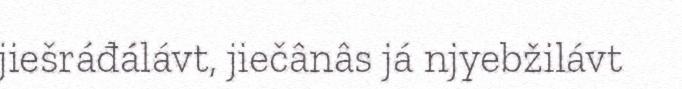
jiešráđálávt, jiečânâs já njyebžilávt